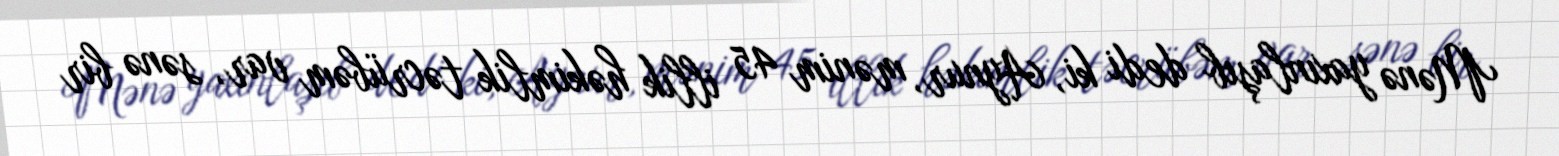
Mənə yaxınlaşıb dedi ki, Aynur, mənim 45 illik həkimlik təcrübəm var, sənə bir